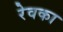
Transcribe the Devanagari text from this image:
रेवका